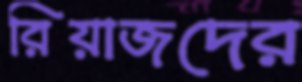
রিয়াজদের